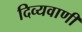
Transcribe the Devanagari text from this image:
दिव्यवाणी